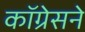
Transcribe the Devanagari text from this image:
कॉग्रेसने